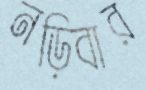
নড়িবার